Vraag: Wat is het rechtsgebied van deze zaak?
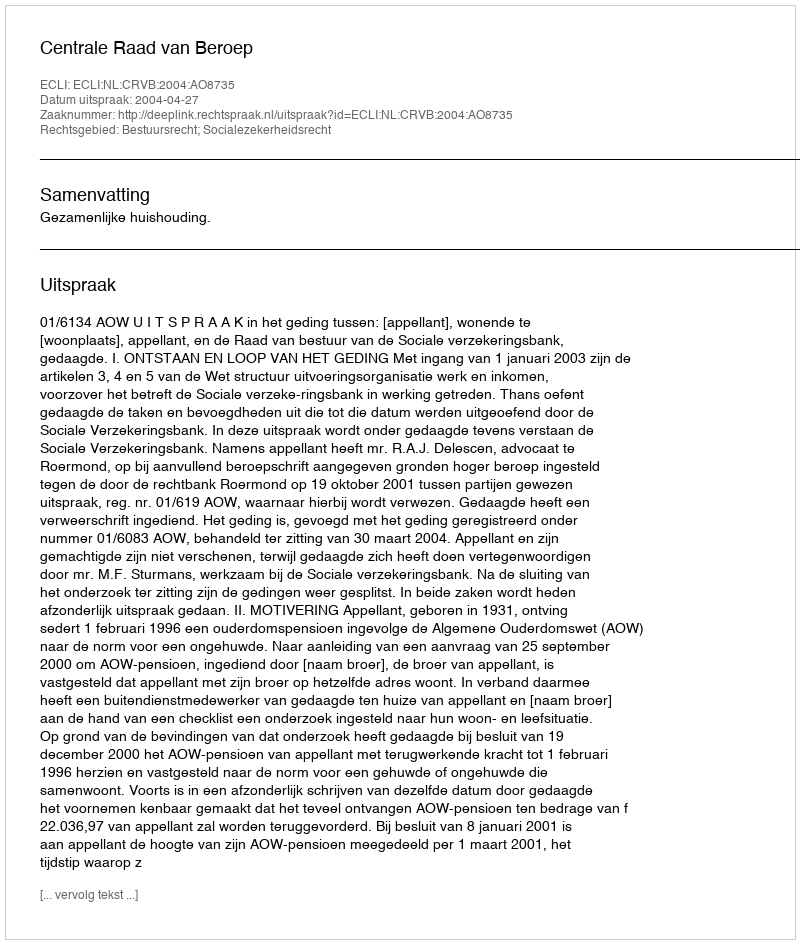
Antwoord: Bestuursrecht; Socialezekerheidsrecht